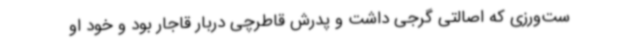
ست‌ورزی که اصالتی گرجی داشت و پدرش قاطرچی دربار قاجار بود و خود او